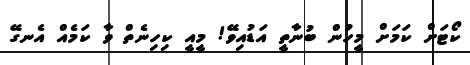
ކޯޓަށް ކަމަށް މީހުން ބުނާތީ އަޑުއިވޭ! މީއީ ކިހިނެތް ވާ ކަމެއް އެނގޭ